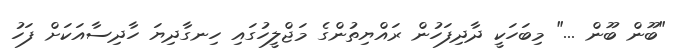
"ބޫން ބޫން ..." މިބަހަކީ ދާދިފަހުން ރައްޔިތުންގެ މަޖްލީހުގައި ހިނގާދިޔަ ހާދިސާއަކަށް ފަހު